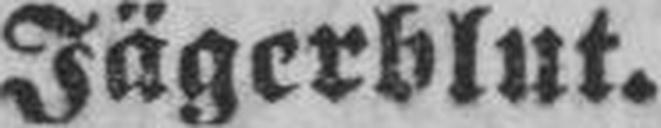
Jägerblut.